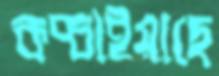
কপ্‌চাইয়াছে